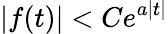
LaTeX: \vert f(t)\vert<Ce^{a\vert t\vert}